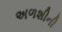
અળશીની